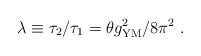
LaTeX: \begin{align*}\lambda\equiv\tau_2/\tau_1=\theta g_{\rm YM}^2/8\pi^2~.\end{align*}